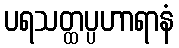
ပရသတ္ထပ္ပဟာရာနံ